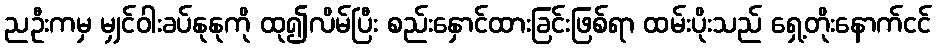
ညဦးကမှ မျှင်ဝါးခပ်နုနုကို ထု၍လိမ်ပြီး စည်းနှောင်ထားခြင်းဖြစ်ရာ ထမ်းပိုးသည် ရှေ့တိုးနောက်ငင်